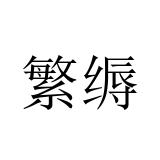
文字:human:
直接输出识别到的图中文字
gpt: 繁缛